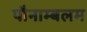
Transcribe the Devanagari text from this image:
पौनाम्बलम